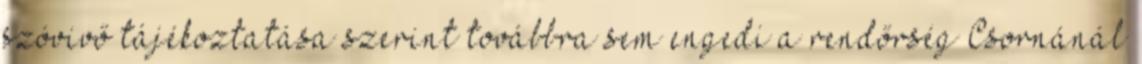
szóvivő tájékoztatása szerint továbbra sem engedi a rendőrség Csornánál